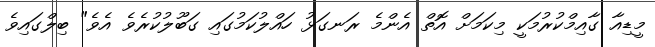
މީޑިއާ ގާއިމްކުރުމަކީ މިކަމަށް އޮތް އެންމެ ރަނގަޅު ހައްލުކަމުގައި ގަބޫލުކުރެވެ އެވެ" ބިލްގައިވެ